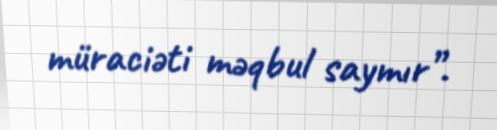
müraciəti məqbul saymır”.